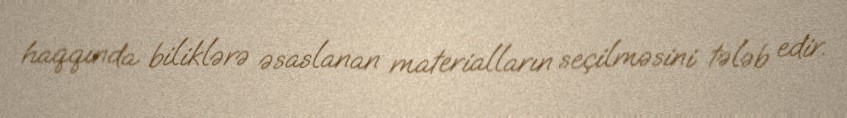
haqqında biliklərə əsaslanan materialların seçilməsini tələb edir.